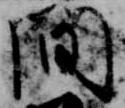
間